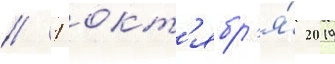
// 1 окт'ябр'я́ 2019